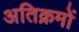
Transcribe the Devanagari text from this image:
अतिक्रमों